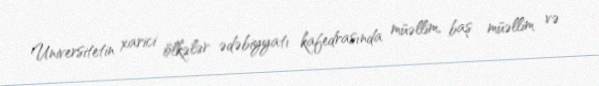
Universitetin xarici ölkələr ədəbiyyatı kafedrasında müəllim, baş müəllim və